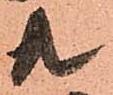
共